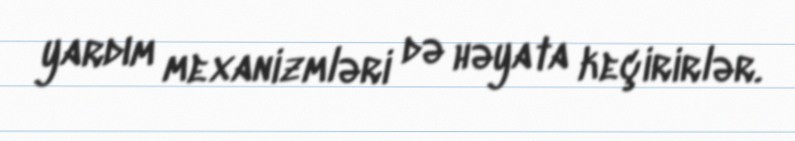
yardım mexanizmləri də həyata keçirirlər.